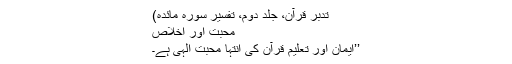
تدبر قرآن، جلد دوم، تفسیر سورہ مائدہ)
محبت اور اخلاص
’’ایمان اور تعلیم قرآن کی انتہا محبت الہی ہے۔